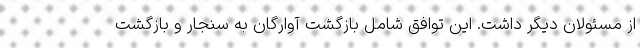
از مسئولان دیگر داشت. این توافق شامل بازگشت آوارگان به سنجار و بازگشت